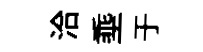
洽埀于